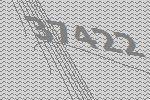
37422